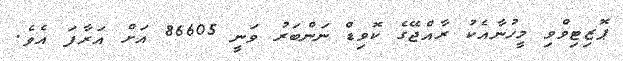
ޕޮޒިޓިވްވި މީހުނާއެކު ރާއްޖޭގެ ކޮވިޑް ނަންބަރު ވަނީ 86605 އަށް އަރާފަ އެވެ.